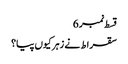
قسط نمبر 6
سقراط نے زہر کیوں پیا؟